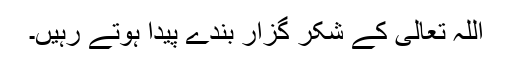
اللہ تعالیٰ کے شکر گزار بندے پیدا ہوتے رہیں۔